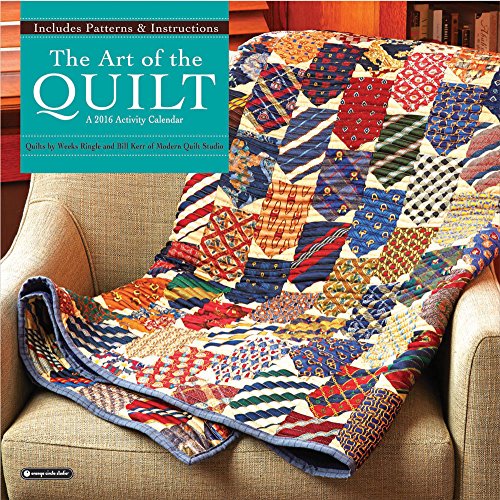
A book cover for Orange Circle Studio 2016 Activity Wall Calendar, The Art of the Quilt; Orange Circle Studios; Calendars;